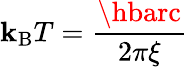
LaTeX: \mathbf{k}_{\mathrm{{B}}}T=\frac{{\hbarc}}{{2\pi\xi}}